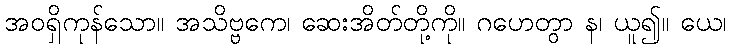
အဝရှိကုန်သော။ အသိဗ္ဗကေ၊ ဆေးအိတ်တို့ကို။ ဂဟေတွာ န၊ ယူ၍။ ယေ၊